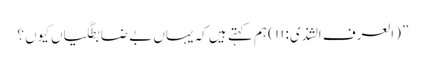
” (العرف الشذی: ۱۱) ہم کہتے ہیں کہ یہاں بے ضابطگیاں کیوں ؟